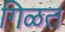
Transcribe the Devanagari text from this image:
गिळत